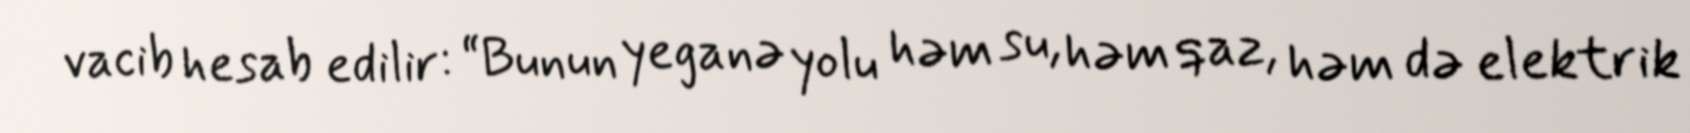
vacib hesab edilir: “Bunun yeganə yolu həm su, həm qaz, həm də elektrik